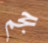
حجم